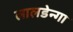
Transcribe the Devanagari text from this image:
लालडेन्गा